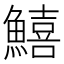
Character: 鱚